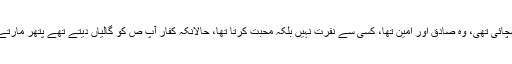
حضور ص کی کامیابی کی وجہ آپ کہ سچائی تھی، وہ صادق اور امین تھا، کسی سے نفرت نہیں بلکہ محبت کرتا تھا، حالانکہ کفار آپ ص کو گالیاں دیتے تھے پتھر مارتے تھے کبھی کہتے تھے کہ جادو گر ہے۔